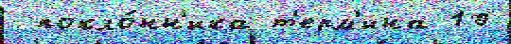
 покло́нн'ика т'ерм'ина 10